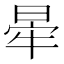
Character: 𣇟